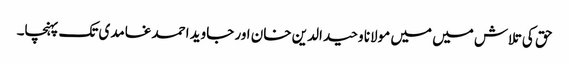
حق کی تلاش میں میں مولانا وحید الدین خان اور جاوید احمد غامدی تک پہنچا۔